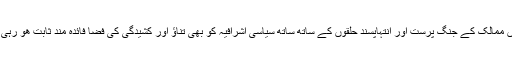
دونوں ممالک کے جنگ پرست اور انتہاپسند حلقوں کے ساتھ ساتھ سیاسی اشرافیہ کو بھی تناؤ اور کشیدگی کی فضا فائدہ مند ثابت ھو رہی ھے۔